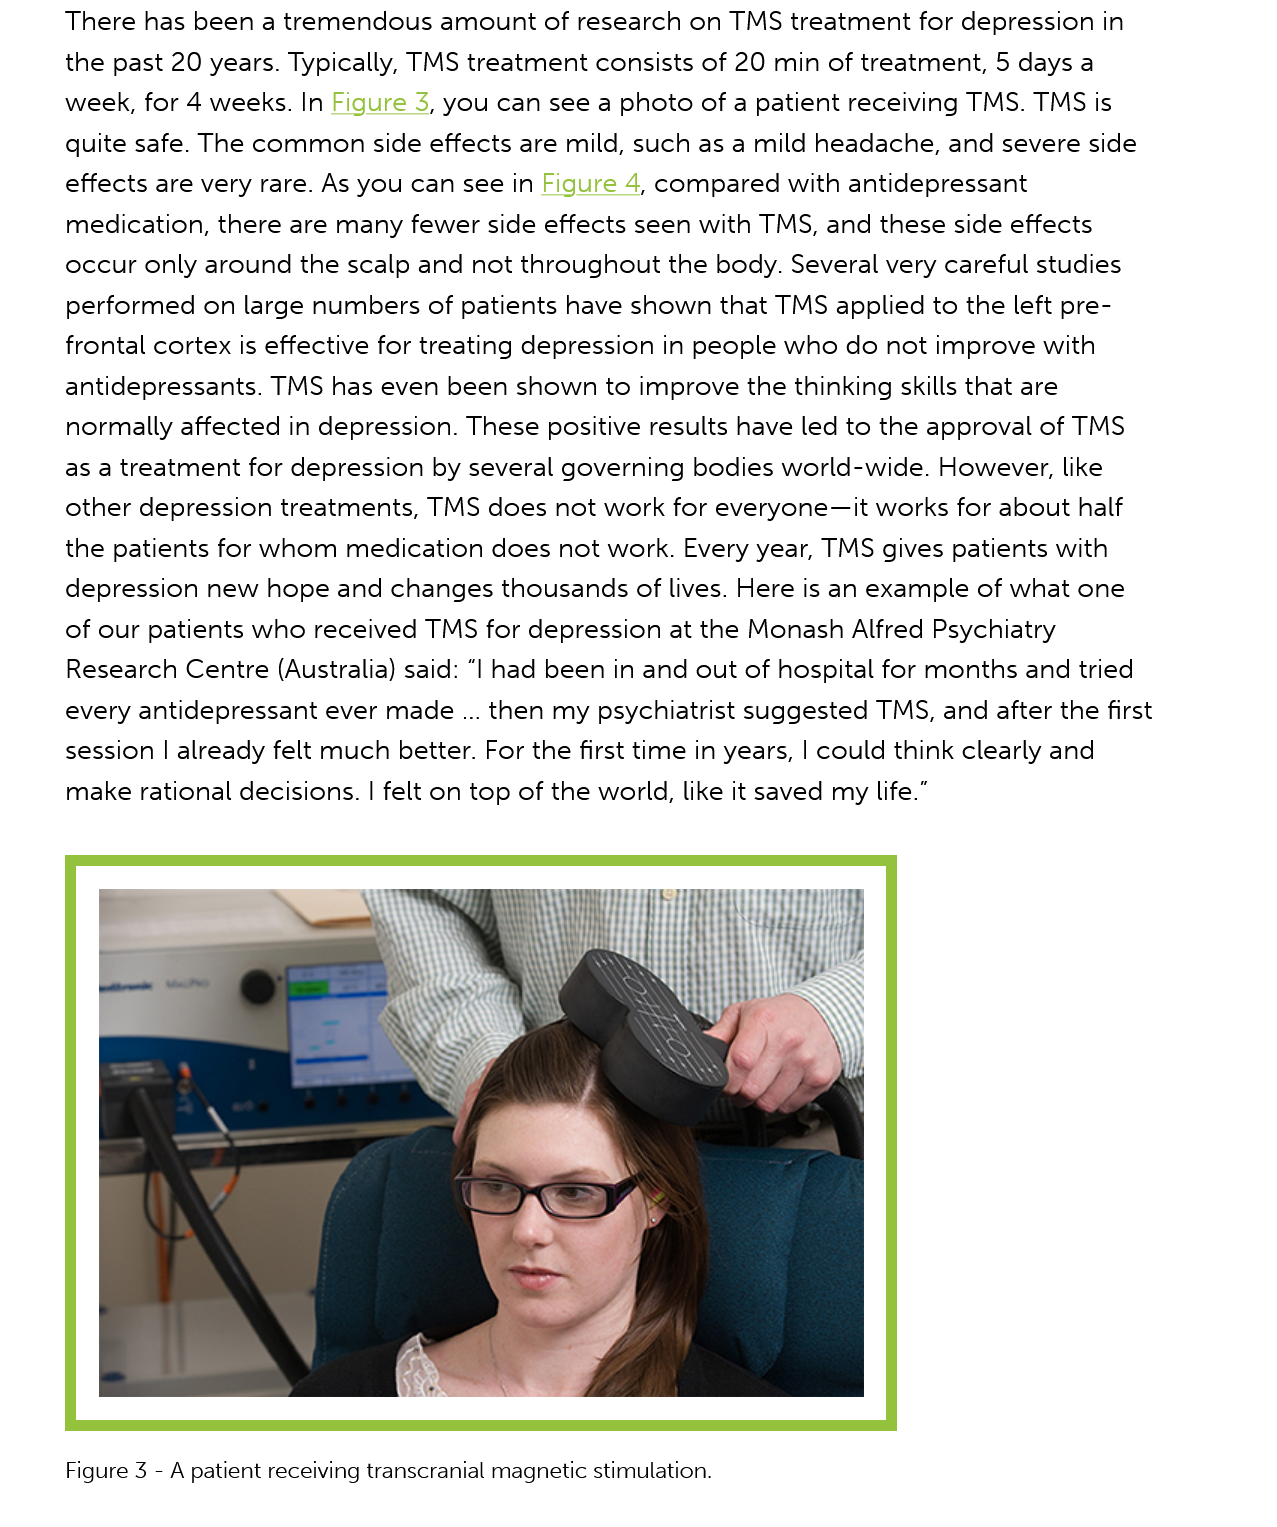
Figure 3
     -
     A patient receiving transcranial magnetic stimulation.
     There has been a tremendous amount of research on TMS treatment for depression in
     the past 20 years. Typically, TMS treatment consists of 20 min of treatment, 5 days a
     week, for 4 weeks. In Figure
     3,
     you can see a photo of a patient receiving TMS. TMS is
     quite safe. The common side effects are mild, such as a mild headache, and severe side
     effects are very rare. As you can see in Figure
     4,
     compared with antidepressant
     medication, there are many fewer side effects seen with TMS, and these side effects
     occur only around the scalp and not throughout the body. Several very careful studies
     performed on large numbers of patients have shown that TMS applied to the left pre-
     frontal cortex is effective for treating depression in people who do not improve with
     antidepressants. TMS has even been shown to improve the thinking skills that are
     normally affected in depression. These positive results have led to the approval of TMS
     as a treatment for depression by several governing bodies world-wide. However, like
     other depression treatments, TMS does not work for everyone—it works for about half
     the patients for whom medication does not work. Every year, TMS gives patients with
     depression new hope and changes thousands of lives. Here is an example of what one
     of our patients who received TMS for depression at the Monash Alfred Psychiatry
     Research Centre (Australia) said: “| had been in and out of hospital for months and tried
     every antidepressant ever made ... then my psychiatrist suggested TMS, and after the first
     session | already felt much better. For the first time in years, | could think clearly and
     make rational decisions. | felt on top of the world, like it saved my life.”